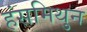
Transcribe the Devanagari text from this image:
हंसमिथुन